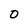
Character: 0